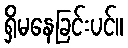
ရှိမနေခြင်းပင်။